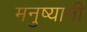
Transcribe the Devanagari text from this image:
मनुष्यानी